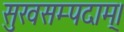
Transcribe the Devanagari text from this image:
सुखसम्पदाम्‌।